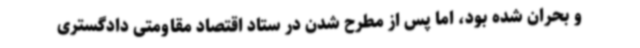
و بحران شده بود، اما پس از مطرح شدن در ستاد اقتصاد مقاومتی دادگستری